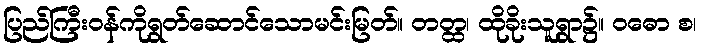
ပြည်ကြီးဝန်ကိုရွတ်ဆောင်သောမင်းမြတ်။ တတ္ထ၊ ထိုခိုးသူရွာ၌။ ဝဓော စ၊